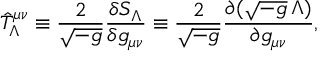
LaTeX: \hat { T } _ { \Lambda } ^ { \mu \nu } \equiv { \frac { 2 } { \sqrt { - g } } } { \frac { \delta { \cal S } _ { \Lambda } } { \delta g _ { \mu \nu } } } \equiv { \frac { 2 } { \sqrt { - g } } } { \frac { \partial ( \sqrt { - g } \, \Lambda ) } { \partial g _ { \mu \nu } } } ,